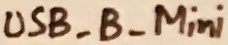
Text: USB_B_Mini